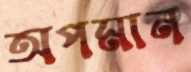
অপমান